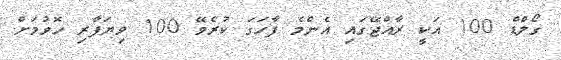
ގޯލްޑް 100 އަކީ ރާއްޖޭގައި އެންމެ ފާހަގަ ކުރެވޭ 100 ވިޔަފާރި ހޮވުމަށް